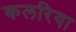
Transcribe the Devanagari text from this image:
कलरिया